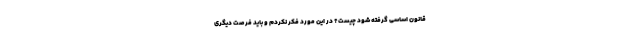
قانون اساسی گرفته شود چیست؟ در این مورد فکر نکردم و باید فرصت دیگری